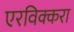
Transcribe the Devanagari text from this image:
एरविक्करा